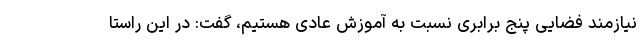
نیازمند فضایی پنج برابری نسبت به آموزش عادی هستیم، گفت: در این راستا